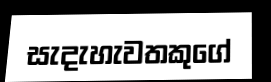
සැදැහැවතකුගේ